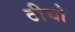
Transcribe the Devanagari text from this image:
टीचो